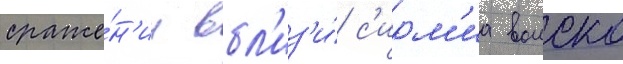
сраже́н'ии вбл'из'и́ с'ирм'иа воиско